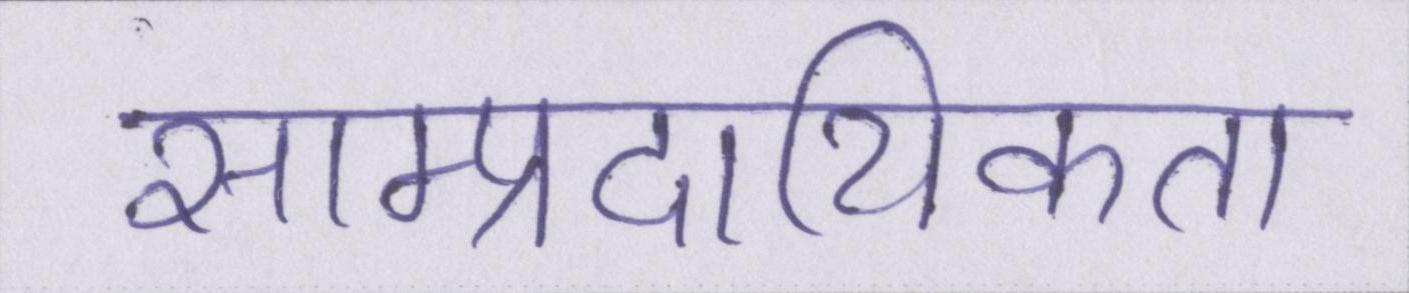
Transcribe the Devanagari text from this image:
साम्प्रदायिकता